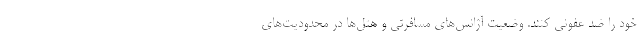
خود را ضد عفونی کنند. وضعیت آژانس‌های مسافرتی و هتل‌ها در محدودیت‌های